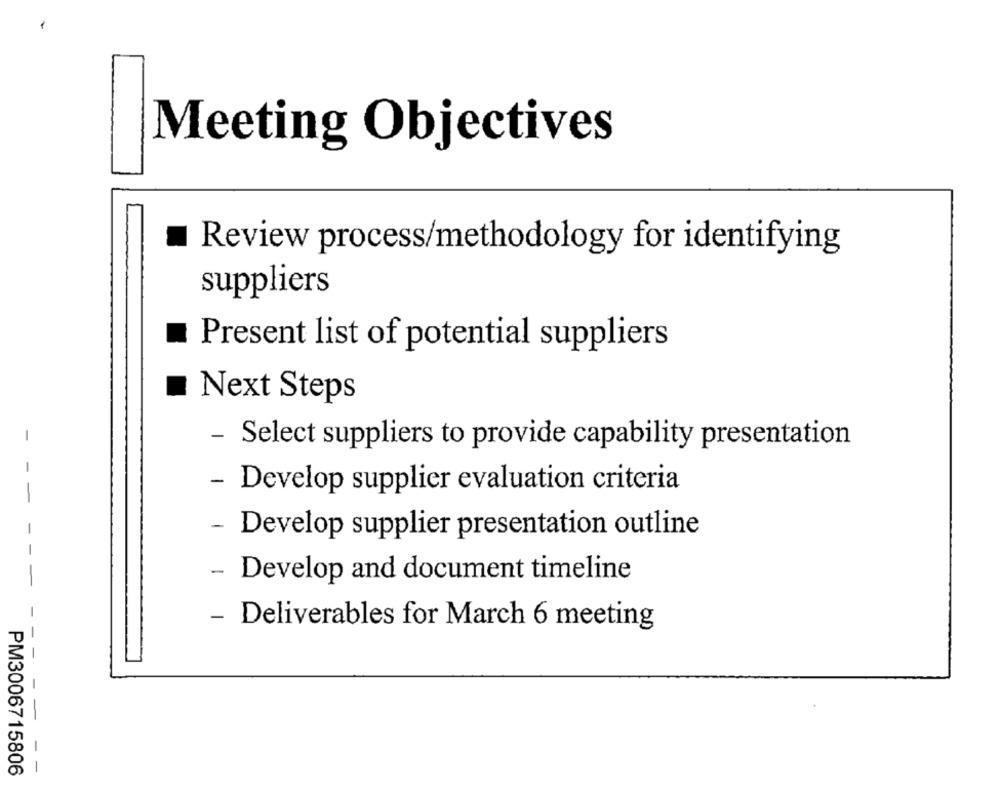
Meeting Objectives
Review process/methodology for identifying
suppliers
Present list of potential suppliers
Next Steps
- Select suppliers to provide capability presentation
- Develop supplier evaluation criteria
- Develop supplier presentation outline
Develop and document timeline
- Deliverables for March 6 meeting
PM3006715806
- -